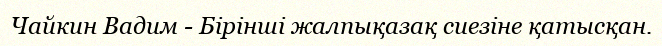
Чайкин Вадим - Бірінші жалпықазақ сиезіне қатысқан.